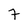
Character: 7